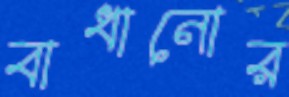
বাধানোর